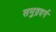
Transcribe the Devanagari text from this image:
समुद्रदर्ग